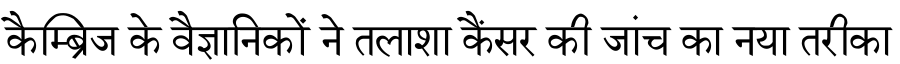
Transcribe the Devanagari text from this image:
कैम्ब्रिज के वैज्ञानिकों ने तलाशा कैंसर की जांच का नया तरीका